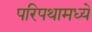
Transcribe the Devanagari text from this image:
परिपथामध्ये